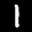
Label: 1